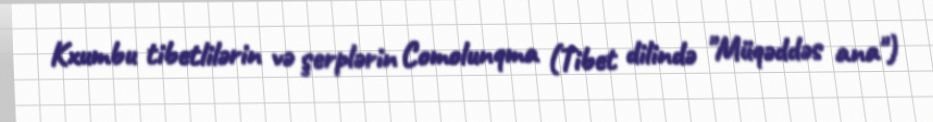
Kxumbu tibetlilərin və şerplərin Comolunqma (Tibet dilində "Müqəddəs ana")